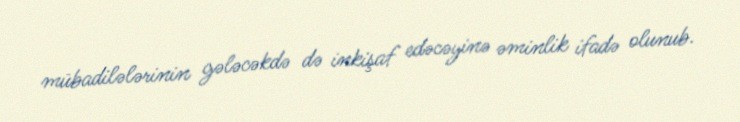
mübadilələrinin gələcəkdə də inkişaf edəcəyinə əminlik ifadə olunub.